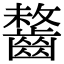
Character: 𪘻